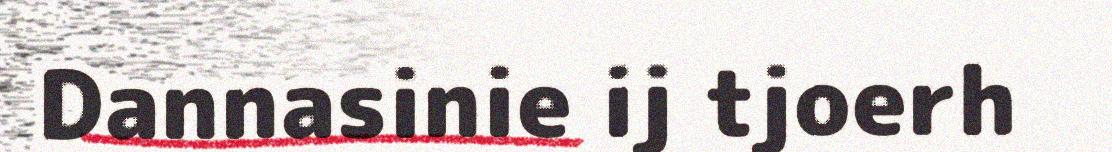
Dannasinie ij tjoerh